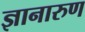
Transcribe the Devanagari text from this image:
ज्ञानारुण